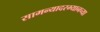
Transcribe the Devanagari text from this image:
सामन्यादरम्यानच्या